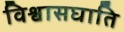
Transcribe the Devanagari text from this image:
विश्वासघाति